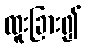
ထူးခြား၍